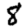
Digit: 8